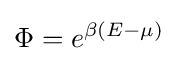
\Phi =e^{\beta (E-\mu )}